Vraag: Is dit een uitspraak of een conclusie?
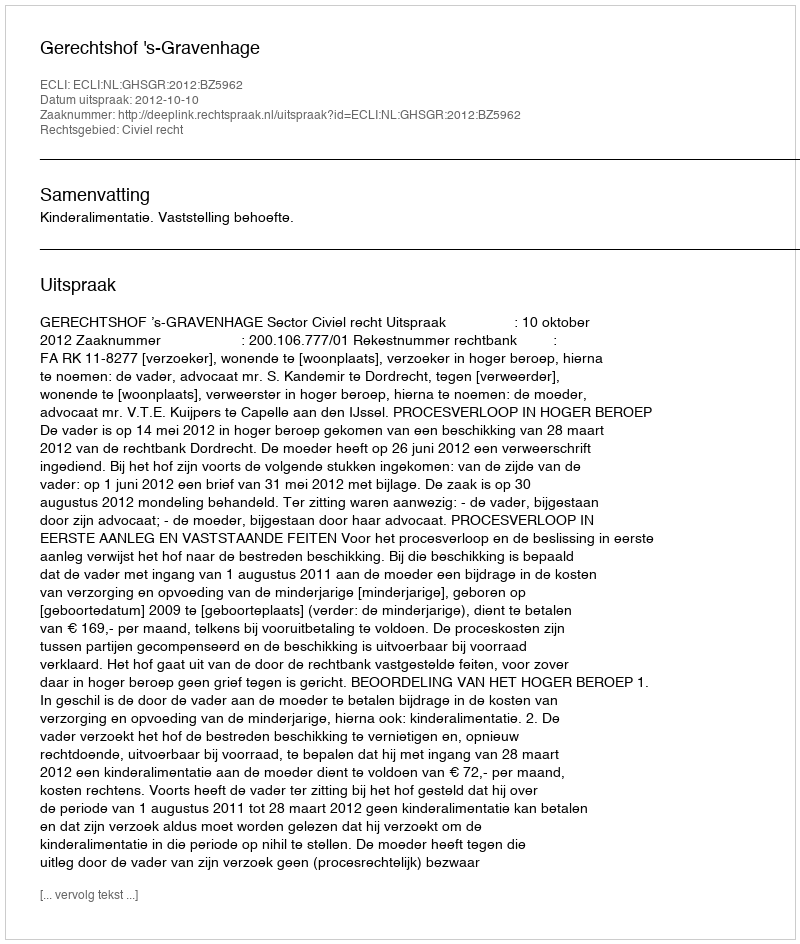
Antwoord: Uitspraak